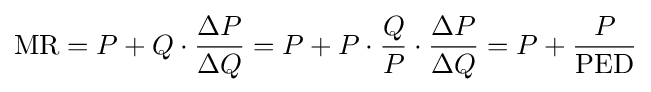
{\text{MR}}=P+Q\cdot {\frac {\Delta P}{\Delta Q}}=P+P\cdot {\frac {Q}{P}}\cdot {\frac {\Delta P}{\Delta Q}}=P+{\frac {P}{\text{PED}}}